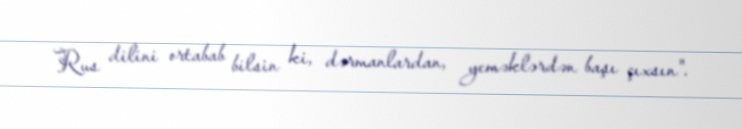
Rus dilini ortabab bilsin ki, dərmanlardan, yeməklərdən başı çıxsın".